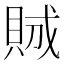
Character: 𧵪